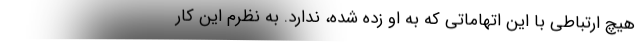
هیچ ارتباطی با این اتهاماتی که به او زده شده، ندارد. به نظرم این کار